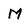
Character: M